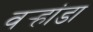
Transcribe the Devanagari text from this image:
वर्‍हांडा